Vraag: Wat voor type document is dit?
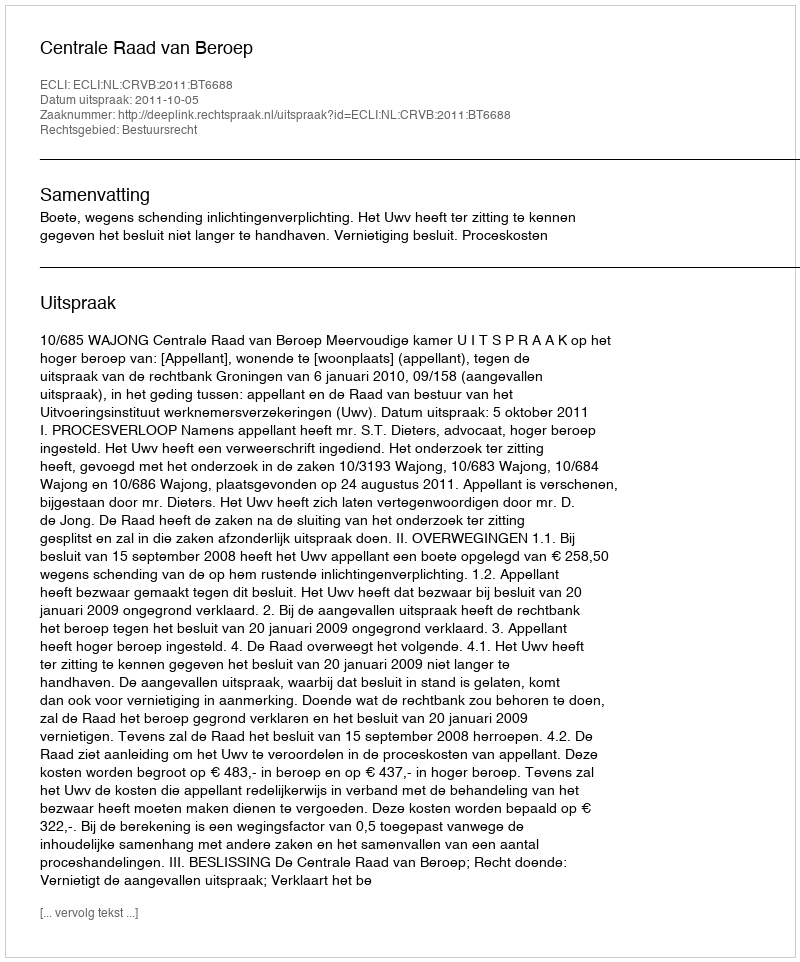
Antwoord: Uitspraak